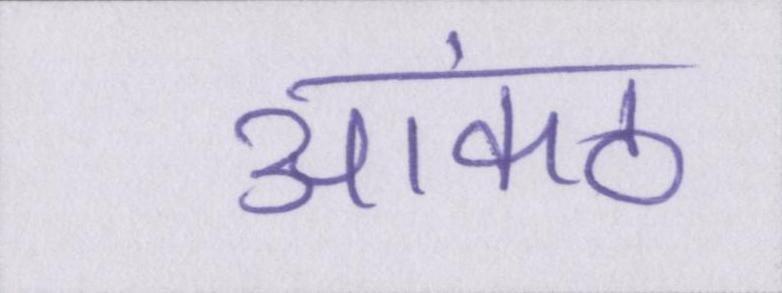
आकंठ